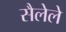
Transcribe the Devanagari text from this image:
सैलेले